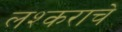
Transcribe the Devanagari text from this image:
लश्कराचे